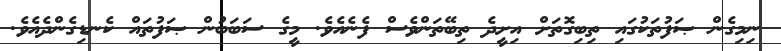
ނިމިގެން ޞަފުތަކުގައި ތިބިގޮތަށް އިށީދެ ތިބޭތަންވެސް ފެނެއެވެ. މީގެ ސަބަބުން ޞަފުތައް ކެނޑިގެންދެއެވެ.